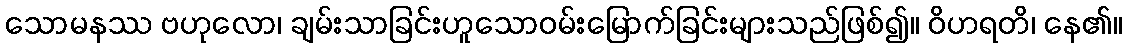
သောမနဿ ဗဟုလော၊ ချမ်းသာခြင်းဟူသောဝမ်းမြောက်ခြင်းများသည်ဖြစ်၍။ ဝိဟရတိ၊ နေ၏။